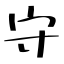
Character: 守